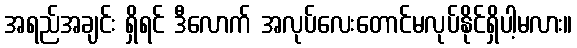
အရည်အချင်း ရှိရင် ဒီလောက် အလုပ်လေးတောင်မလုပ်နိုင်ရှိပါ့မလား။